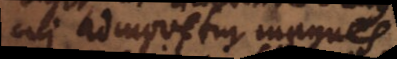
cui admovetur magnes